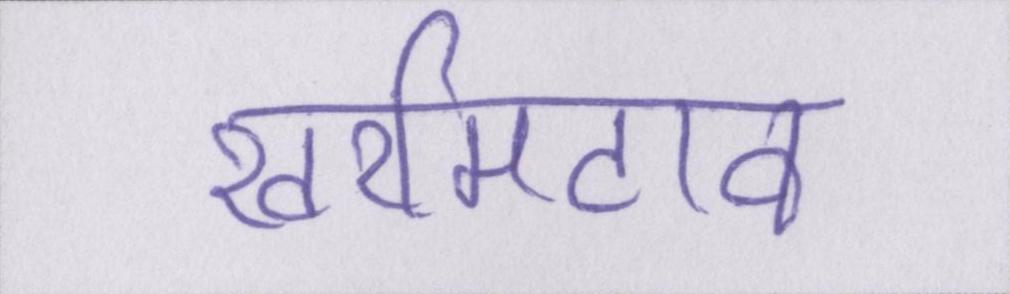
खरमिटाव